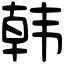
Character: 韩